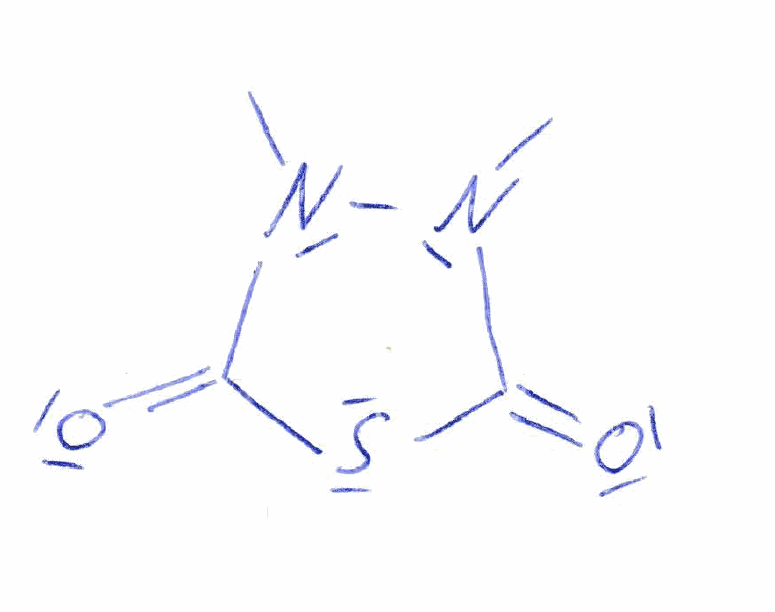
Simplified molecular-input line-entry system (SMILES) notation of the given molecule:
CN1C(=O)SC(=O)N1C